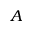
_ { A }